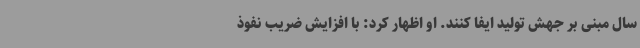
سال مبنی بر جهش تولید ایفا کنند. او اظهار کرد: با افزایش ضریب نفوذ